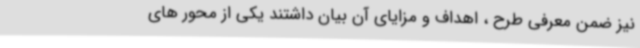
نیز ضمن معرفی طرح ، اهداف و مزایای آن بیان داشتند یکی از محور های